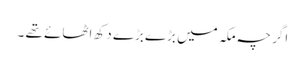
اگر چہ مکہ میں بڑے بڑے دکھ اٹھائے تھے ۔